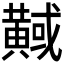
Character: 𪏇